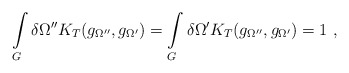
\begin{align*}\int\limits_{G}^{}\delta\Omega''K_T(g_{\Omega''}, g_{\Omega'}) =\int\limits_{G}^{}\delta\Omega'K_T(g_{\Omega''}, g_{\Omega'}) = 1\ ,\end{align*}